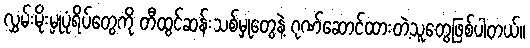
လွှမ်းမိုးမှုပုံရိပ်တွေကို တီထွင်ဆန်းသစ်မှုတွေနဲ့ ဂုဏ်ဆောင်ထားတဲ့သူတွေဖြစ်ပါတယ်။